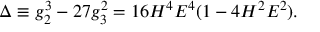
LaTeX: \Delta \equiv g _ { 2 } ^ { 3 } - 2 7 g _ { 3 } ^ { 2 } = 1 6 H ^ { 4 } E ^ { 4 } ( 1 - 4 H ^ { 2 } E ^ { 2 } ) .